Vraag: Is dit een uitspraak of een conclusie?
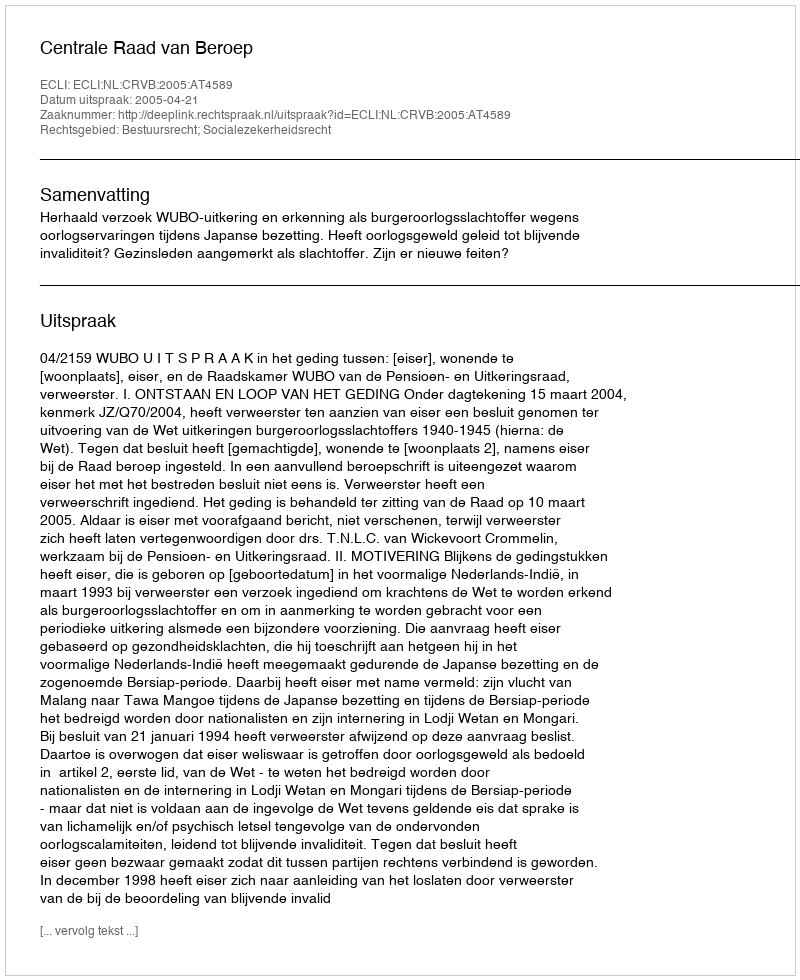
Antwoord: Uitspraak